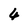
Character: 4